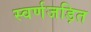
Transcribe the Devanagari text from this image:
स्वर्णजड़ित